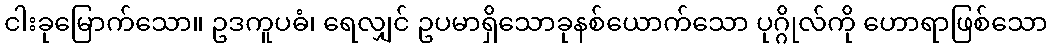
ငါးခုမြောက်သော။ ဥဒကူပဓံ၊ ရေလျှင် ဥပမာရှိသောခုနစ်ယောက်သော ပုဂ္ဂိုလ်ကို ဟောရာဖြစ်သော